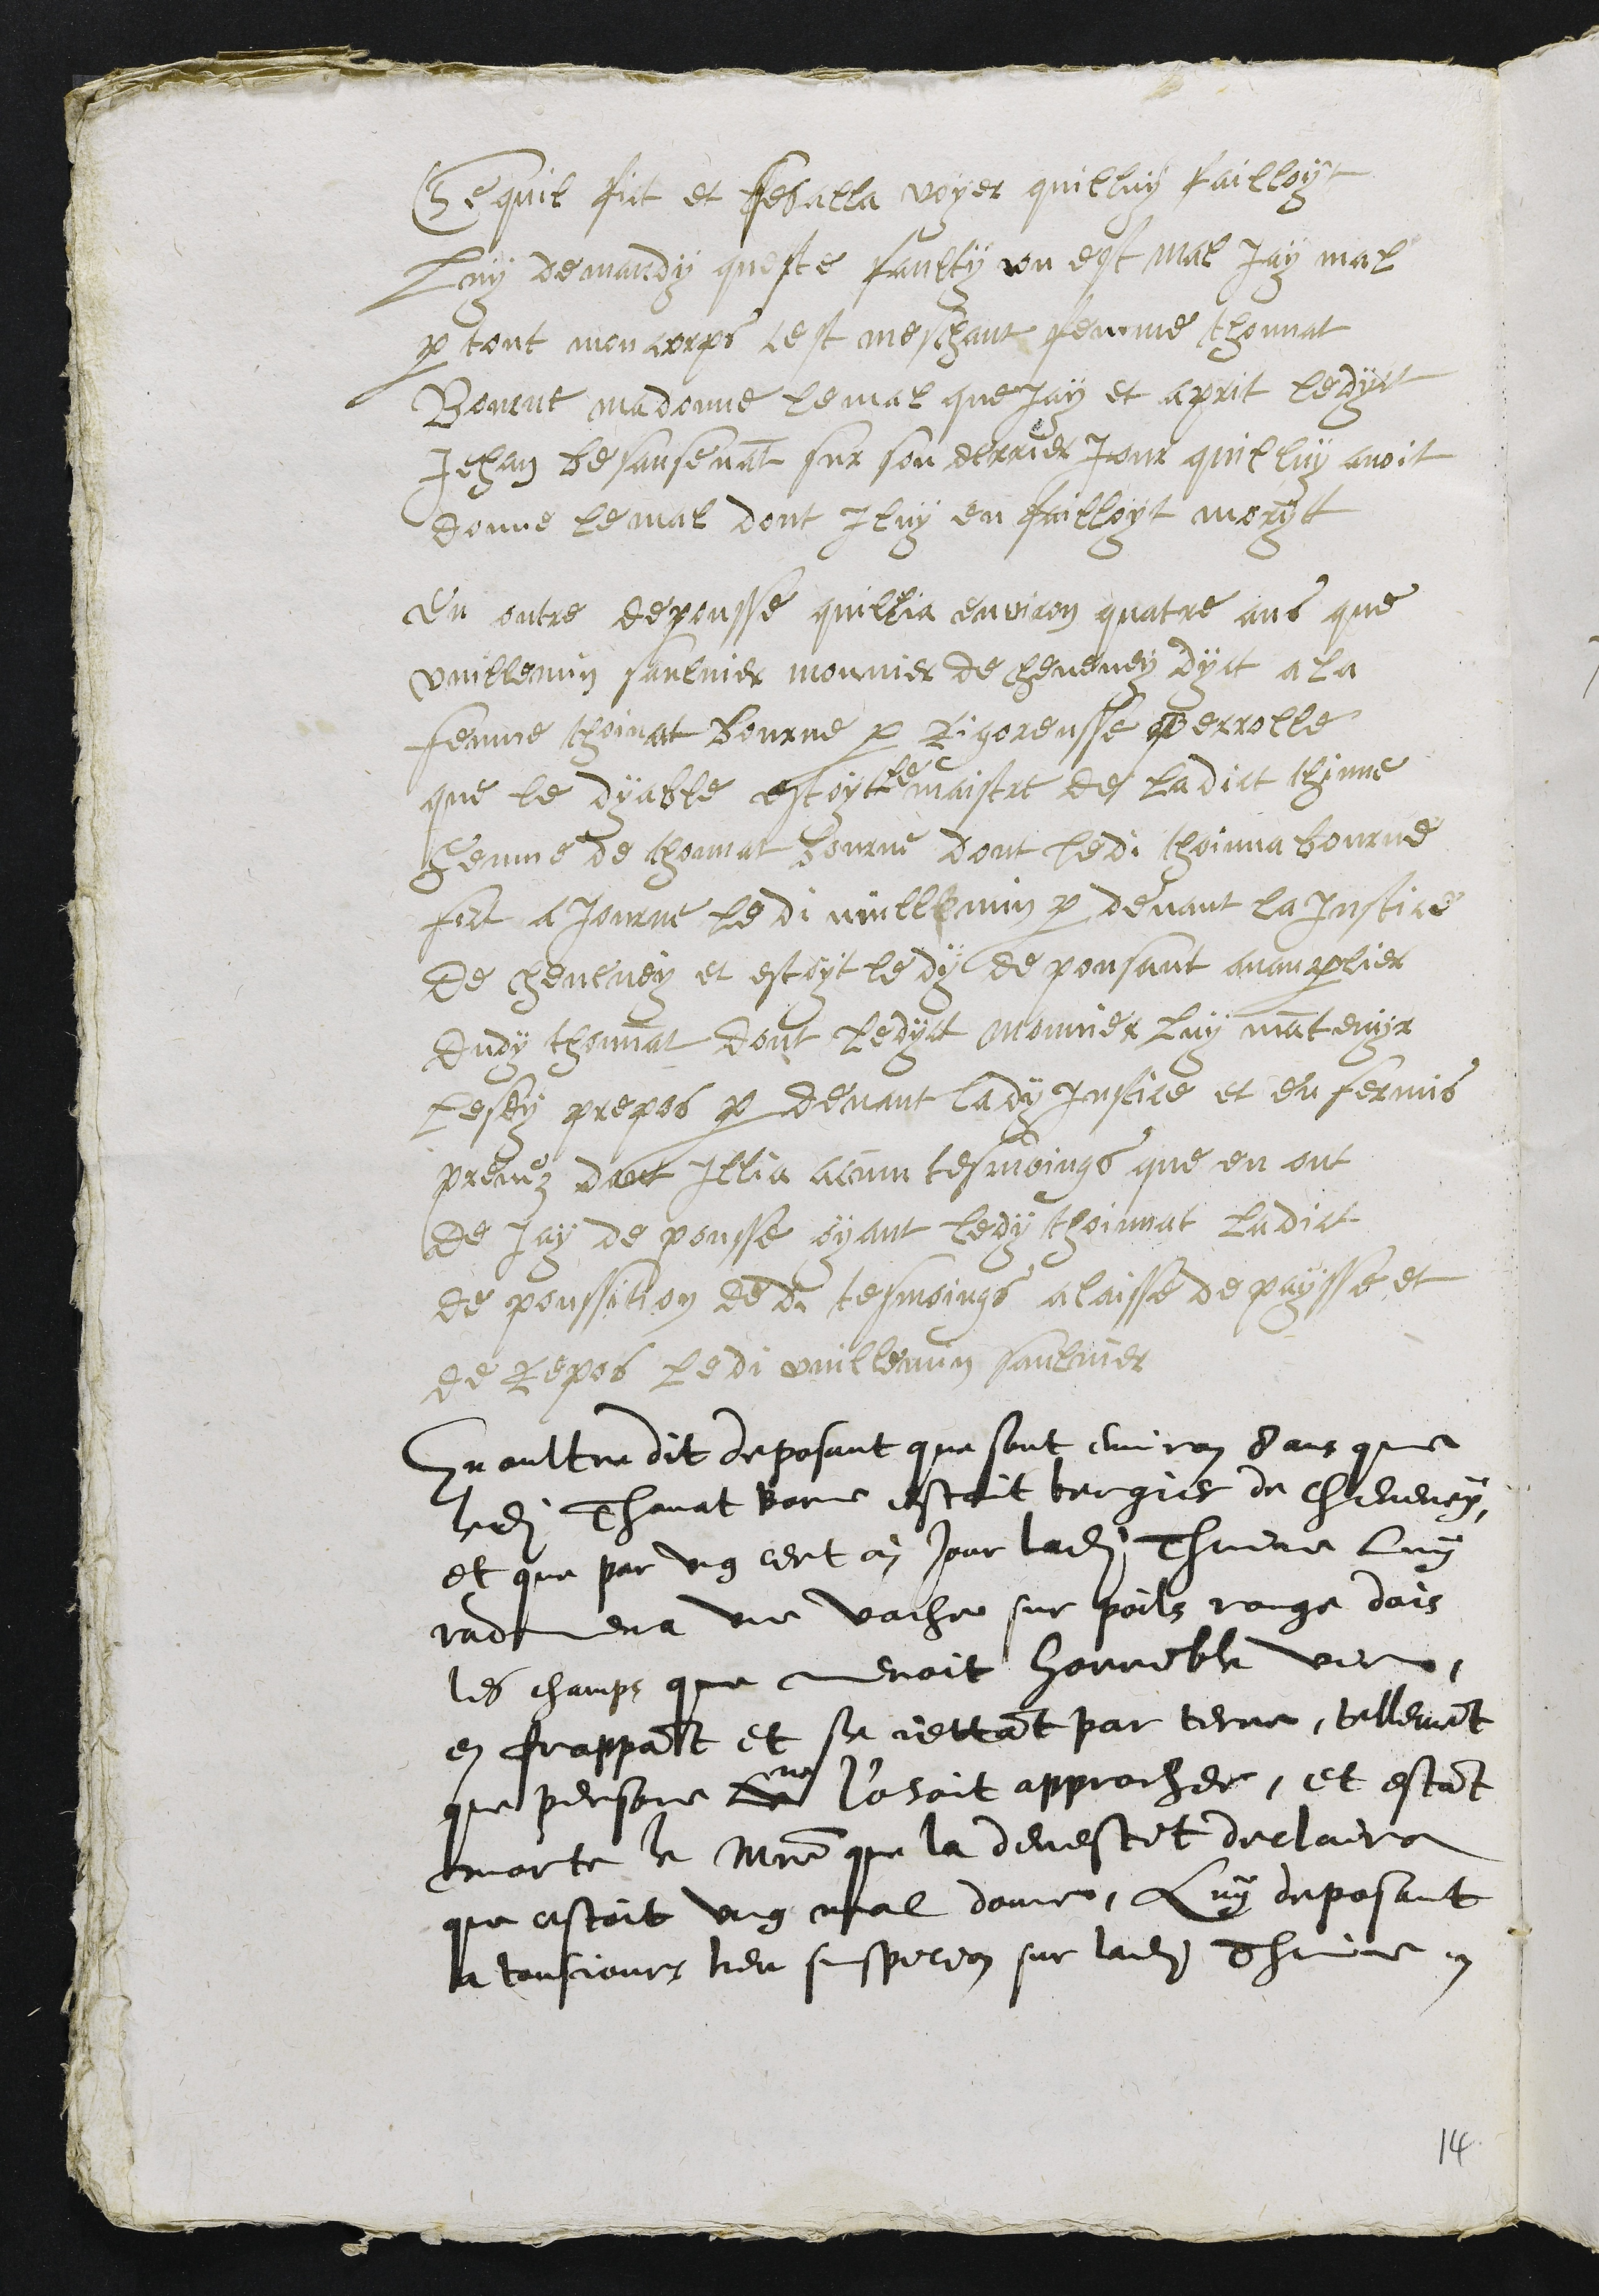
Ce quil fict et ses alla voyer quilluy failloyt
Luy demandy queste faulty ou est mal Jay mal
par tout mon corps cest meschant femme Thonnat
Bourne madonne le mal que jay et aprit ledyct
Jehan Besansenat sur son derrier jour quil luy avoit
donne le mal dont Iluy en failloyt moryt
En outre depousse quillia environ quatre ans que
Vuillemin saulnier mounier de cheveney dyct a la
femme thoinat Bourne par rigoreusse perrolle
que le dyable estoyt
le
maistre de ladict thinne
femme de thonnat bourne dont ledi thoinna bourne
fict ajourne ledi vuillemin par devant la Justice
de cheveney et estoyt ledy depousant avan parlier
dudy thonnat dont ledyct mounier luy mantenyr
lesdy propos par devant lady Justice et en fermis
prevez dant Illia acun tesmoings que en ont
de Jay depousse ayant ledy thoinnat ladict
de poussition dedi tesmoings a laisse de paysse et
de repos ledi vuillemin saulnier
En oultre dit deposant que sont environ 8 ans que
ledit Thonat Borne estoit bergier de cheveney
et que par ung certain jour ladite Thinne luy
radmena une vache sur poils rouge dois
les champs que menoit horrible vie,
en frappant et se jettant par terre, tellement
que personne ne l'osoit approcher, et estant
morte le maistre que la devestit declaira
que estoit ung mal donne, luy deposant
a tousjours heu suspicion sur ladite Thinne.

14